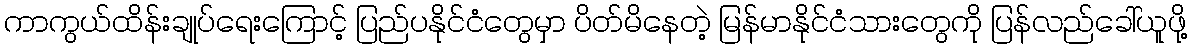
ကာကွယ်ထိန်းချုပ်ရေးကြောင့် ပြည်ပနိုင်ငံတွေမှာ ပိတ်မိနေတဲ့ မြန်မာနိုင်ငံသားတွေကို ပြန်လည်ခေါ်ယူဖို့